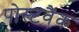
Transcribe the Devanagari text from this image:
पोस्टवैंक